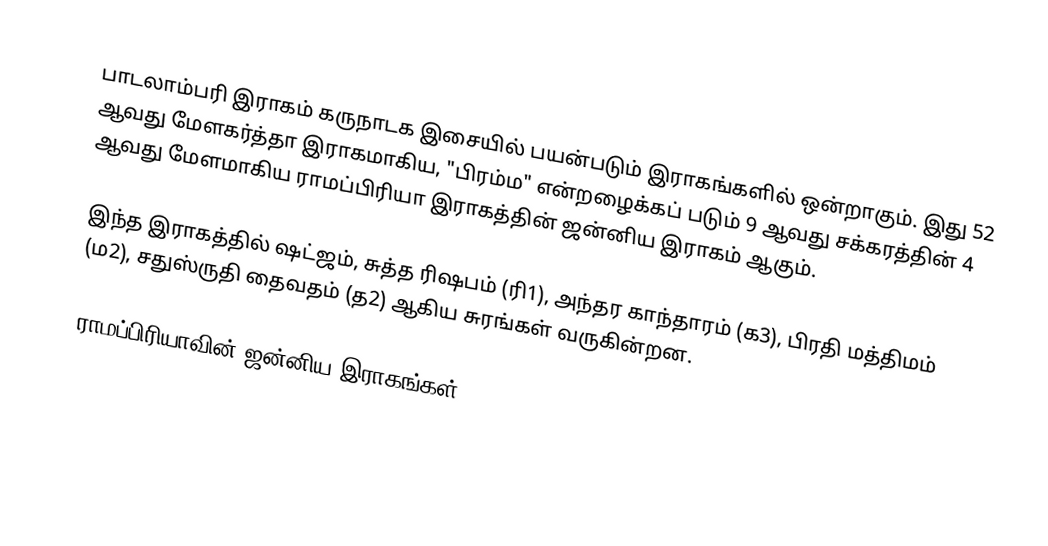
பாடலாம்பரி இராகம் கருநாடக இசையில் பயன்படும் இராகங்களில் ஒன்றாகும். இது 52 ஆவது மேளகர்த்தா இராகமாகிய, "பிரம்ம" என்றழைக்கப் படும் 9 ஆவது சக்கரத்தின் 4 ஆவது மேளமாகிய ராமப்பிரியா இராகத்தின் ஜன்னிய இராகம் ஆகும்.

இந்த இராகத்தில் ஷட்ஜம், சுத்த ரிஷபம் (ரி1),  அந்தர காந்தாரம் (க3), பிரதி மத்திமம் (ம2), சதுஸ்ருதி தைவதம் (த2) ஆகிய சுரங்கள்  வருகின்றன.

ராமப்பிரியாவின் ஜன்னிய இராகங்கள்